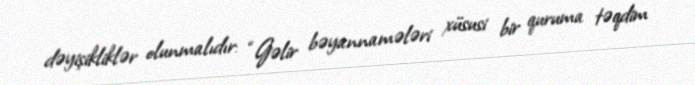
dəyişikliklər olunmalıdır: “Gəlir bəyannamələri xüsusi bir quruma təqdim